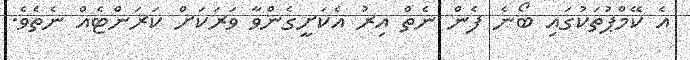
އެ ކޭމްޕުތަކުގައި ބޯނެ ފެން ނެތް އިރު އެކަށީގެންވާ ވަރަކަށް ކަރަންޓެއް ނެތެވެ.